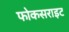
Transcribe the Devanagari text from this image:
फोकसराइट